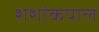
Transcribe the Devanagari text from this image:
शशांकपाल